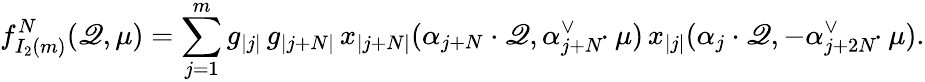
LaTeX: f_{I_{2}(m)}^{N}(\mathscr{Q},\mu)=\sum_{j=1}^{m}g_{|j|}\, g_{|j+N|}\, x_{|j+N|}(\alpha_{j+N}\cdot\mathscr{Q},\alpha_{j+N}^{\vee}\! \! \cdot\mu)\, x_{|j|}(\alpha_{j}\cdot\mathscr{Q},-\alpha_{j+2N}^{\vee}\! \! \cdot\mu).